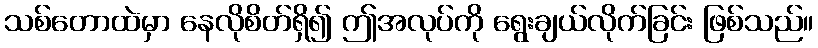
သစ်တောထဲမှာ နေလိုစိတ်ရှိ၍ ဤအလုပ်ကို ရွေးချယ်လိုက်ခြင်း ဖြစ်သည်။